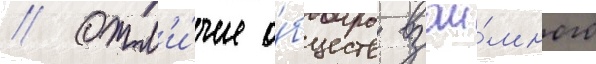
// Отл'и́чие о́бществ взаи́много